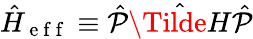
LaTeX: \hat{H}_{\mathrm{~e~f~f~}}\equiv\hat{\mathcal{P}}\hat{\Tilde{H}}\hat{\mathcal{P}}